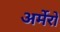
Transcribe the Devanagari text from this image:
अर्मेरो